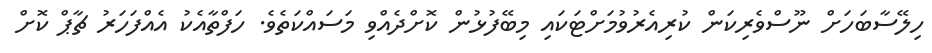
ހިލޭސާބަހަށް ނޫސްވެރިކަން ކުރިއެރުވުމަށްޓަކައި މިބޭފުޅުން ކޮށްދެއްވި މަސައްކަތެވެ. ހަފްތާއެކު އެއްފަހަރު ޗާޕް ކޮށް